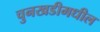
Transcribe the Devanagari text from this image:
चुनखडीमधील